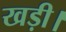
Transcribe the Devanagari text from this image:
खड़ी।